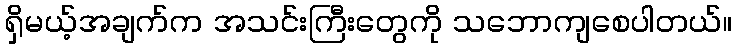
ရှိမယ့်အချက်က အသင်းကြီးတွေကို သဘောကျစေပါတယ်။